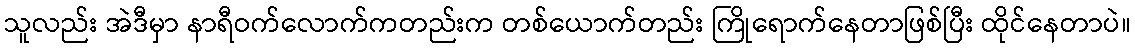
သူလည်း အဲဒီမှာ နာရီဝက်လောက်ကတည်းက တစ်ယောက်တည်း ကြိုရောက်နေတာဖြစ်ပြီး ထိုင်နေတာပဲ။